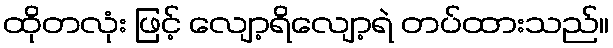
ထိုတလုံး ဖြင့် လျော့ရိလျော့ရဲ တပ်ထားသည်။